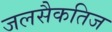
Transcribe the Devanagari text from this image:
जलसैकतिज